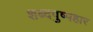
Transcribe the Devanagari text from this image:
शब्दपुष्पहार